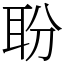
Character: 聁